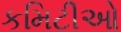
કમિટીઓ